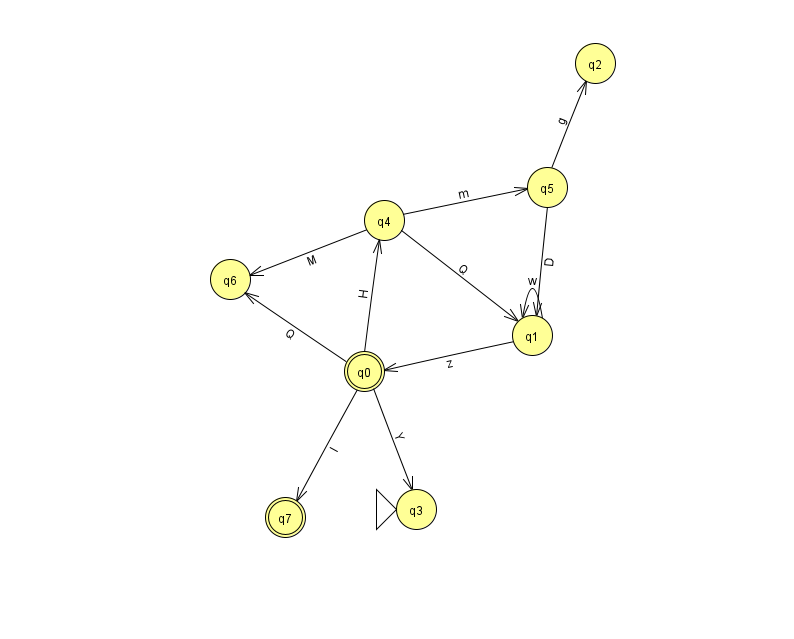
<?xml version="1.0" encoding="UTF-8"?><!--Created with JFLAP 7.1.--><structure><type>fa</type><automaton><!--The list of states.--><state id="0" name="q0"><x>364.0</x><y>358.0</y><final/></state><state id="1" name="q1"><x>532.0</x><y>322.0</y></state><state id="2" name="q2"><x>595.0</x><y>50.0</y></state><state id="3" name="q3"><x>416.0</x><y>496.0</y><initial/></state><state id="4" name="q4"><x>384.0</x><y>207.0</y></state><state id="5" name="q5"><x>547.0</x><y>174.0</y></state><state id="6" name="q6"><x>230.0</x><y>266.0</y></state><state id="7" name="q7"><x>285.0</x><y>504.0</y><final/></state><!--The list of transitions.--><transition><from>0</from><to>6</to><read>Q</read></transition><transition><from>4</from><to>5</to><read>m</read></transition><transition><from>5</from><to>1</to><read>D</read></transition><transition><from>4</from><to>6</to><read>M</read></transition><transition><from>5</from><to>2</to><read>g</read></transition><transition><from>0</from><to>3</to><read>Y</read></transition><transition><from>0</from><to>4</to><read>H</read></transition><transition><from>1</from><to>1</to><read>w</read></transition><transition><from>4</from><to>1</to><read>Q</read></transition><transition><from>1</from><to>0</to><read>z</read></transition><transition><from>0</from><to>7</to><read>I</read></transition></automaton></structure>